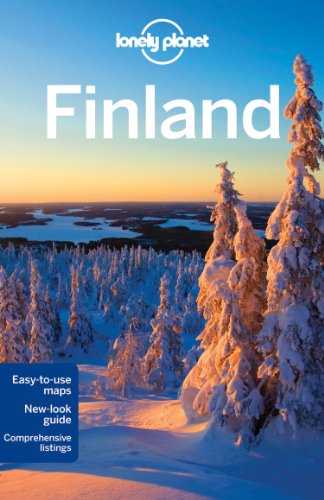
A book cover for Lonely Planet Finland (Travel Guide); Lonely Planet; Travel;